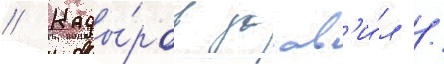
// Кады́ров заав'и́л /